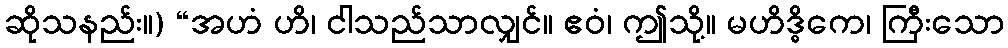
ဆိုသနည်း။) “အဟံ ဟိ၊ ငါသည်သာလျှင်။ ဧဝံ၊ ဤသို့။ မဟိဒ္ဓိကေ၊ ကြီးသော